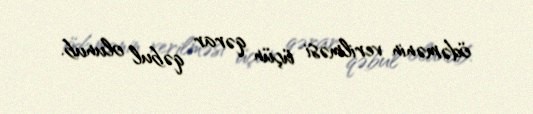
ödəmənin verilməsi üçün qərar qəbul olunub.